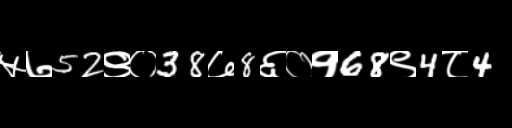
Text: ५७52९०38७8६०१68९4८4